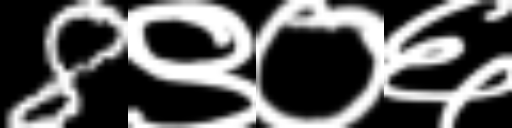
Text: 8९०६